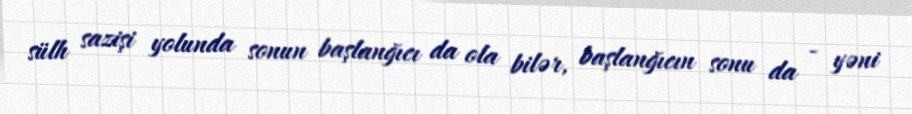
sülh sazişi yolunda sonun başlanğıcı da ola bilər, başlanğıcın sonu da - yəni